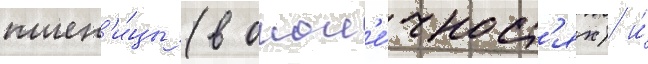
пшен'и́цы (в окон'е́чност'ях) и́